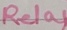
Text: Relay